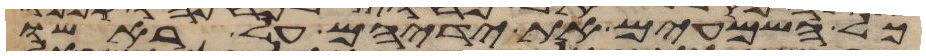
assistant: כל השמעים את ידיהם על ראשו